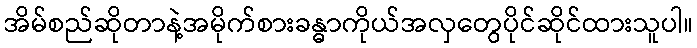
အိမ်စည်ဆိုတာနဲ့အမိုက်စားခန္ဓာကိုယ်အလှတွေပိုင်ဆိုင်ထားသူပါ။